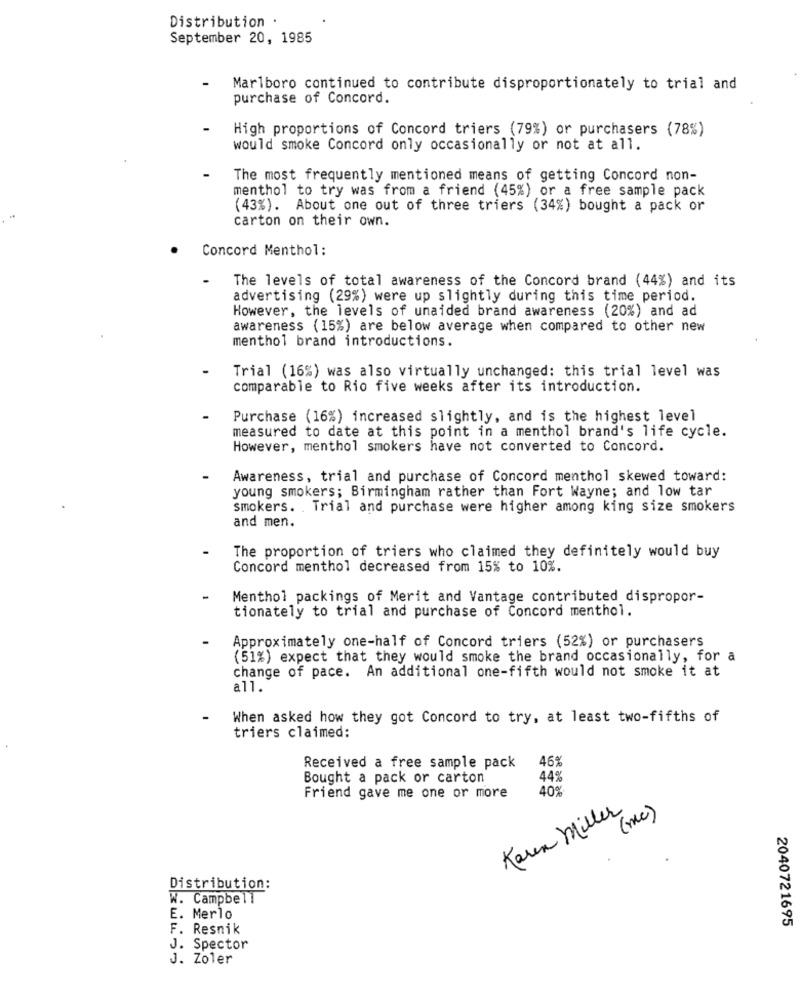
Distribution .
September 20, 1985
Marlboro continued to contribute disproportionately to trial and
purchase of Concord.
High proportions of Concord triers (79%) or purchasers (78%)
would smoke Concord only occasionally or not at all.
The most frequently mentioned means of getting Concord non-
menthol to try was from a friend (45%) or a free sample pack
(43%). About one out of three triers (34%) bought a pack or
carton on their own.
Concord Menthol:
The levels of total awareness of the Concord brand (44%) and its
advertising (29%) were up slightly during this time period.
However, the levels of unaided brand awareness (20%) and ad
awareness (15%) are below average when compared to other new
menthol brand introductions.
Trial (16%) was also virtually unchanged: this trial level was
comparable to Rio five weeks after its introduction.
Purchase (16%) increased slightly, and is the highest level
measured to date at this point in a menthol brand's life cycle.
However, menthol smokers have not converted to Concord.
Awareness, trial and purchase of Concord menthol skewed toward:
young smokers; Birmingham rather than Fort Wayne; and low tar
smokers. . Trial and purchase were higher among king size smokers
and men.
The proportion of triers who claimed they definitely would buy
Concord menthol decreased from 15% to 10%.
Menthol packings of Merit and Vantage contributed dispropor-
tionately to trial and purchase of Concord menthol.
Approximately one-half of Concord triers (52%) or purchasers
(51%) expect that they would smoke the brand occasionally, for a
change of pace. An additional one-fifth would not smoke it at
all.
When asked how they got Concord to try, at least two-fifths of
triers claimed:
46%
Received a free sample pack
Bought a pack or carton
44%
40%
Friend gave me one or more
Karen Miller
( mc )
Distribution:
W. Campbell
E. Merlo
2040721695
F. Resnik
J. Spector
J. Zoler